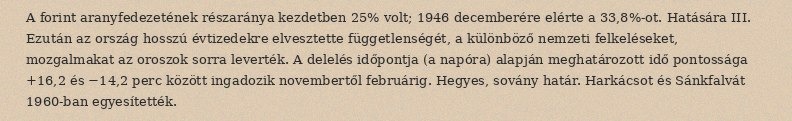
A forint aranyfedezetének részaránya kezdetben 25% volt; 1946 decemberére elérte a 33,8%-ot. Hatására III. Ezután az ország hosszú évtizedekre elvesztette függetlenségét, a különböző nemzeti felkeléseket, mozgalmakat az oroszok sorra leverték. A delelés időpontja (a napóra) alapján meghatározott idő pontossága +16,2 és −14,2 perc között ingadozik novembertől februárig. Hegyes, sovány határ. Harkácsot és Sánkfalvát 1960-ban egyesítették.